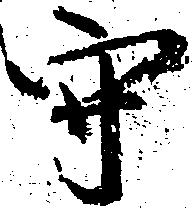
守